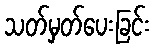
သတ်မှတ်ပေးခြင်း